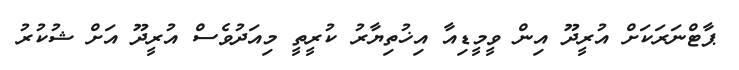
ޕާޓްނަރަކަށް އުރީދޫ އިން ވީމީޑިއާ އިޚުތިޔާރު ކުރީތީ މިއަދުވެސް އުރީދޫ އަށް ޝުކުރު